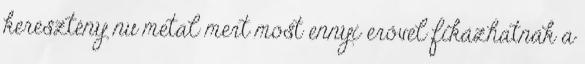
keresztény nu metal mert most ennyi erővel fikázhatnák a